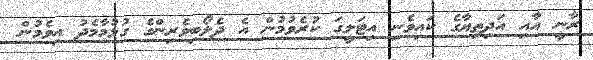
ރާނީ އާއި އަދިތިޔާގެ ކައިވެނި އިޓަލީގަ ކުރެވުމުން އެ ދެލޯބިވެރިންގެ ގުޅުމާމެދު އިވެމުން